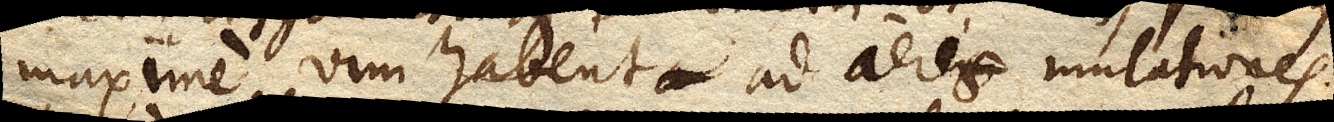
maxime vim habent ad aeris mutationes.